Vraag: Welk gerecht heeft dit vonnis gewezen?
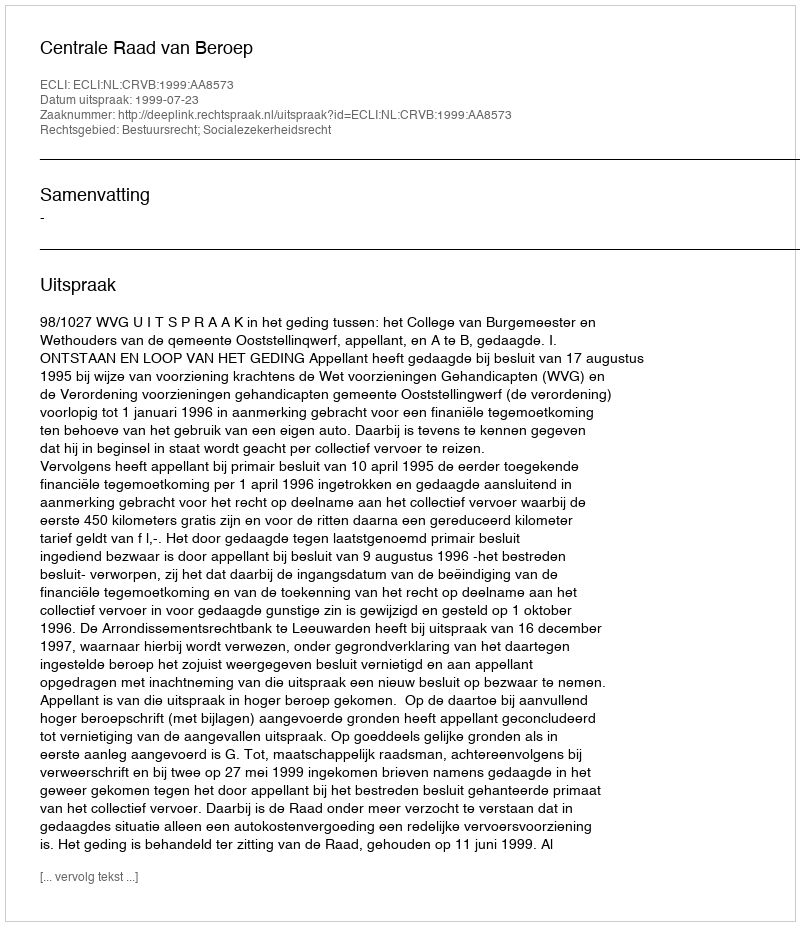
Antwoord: Centrale Raad van Beroep